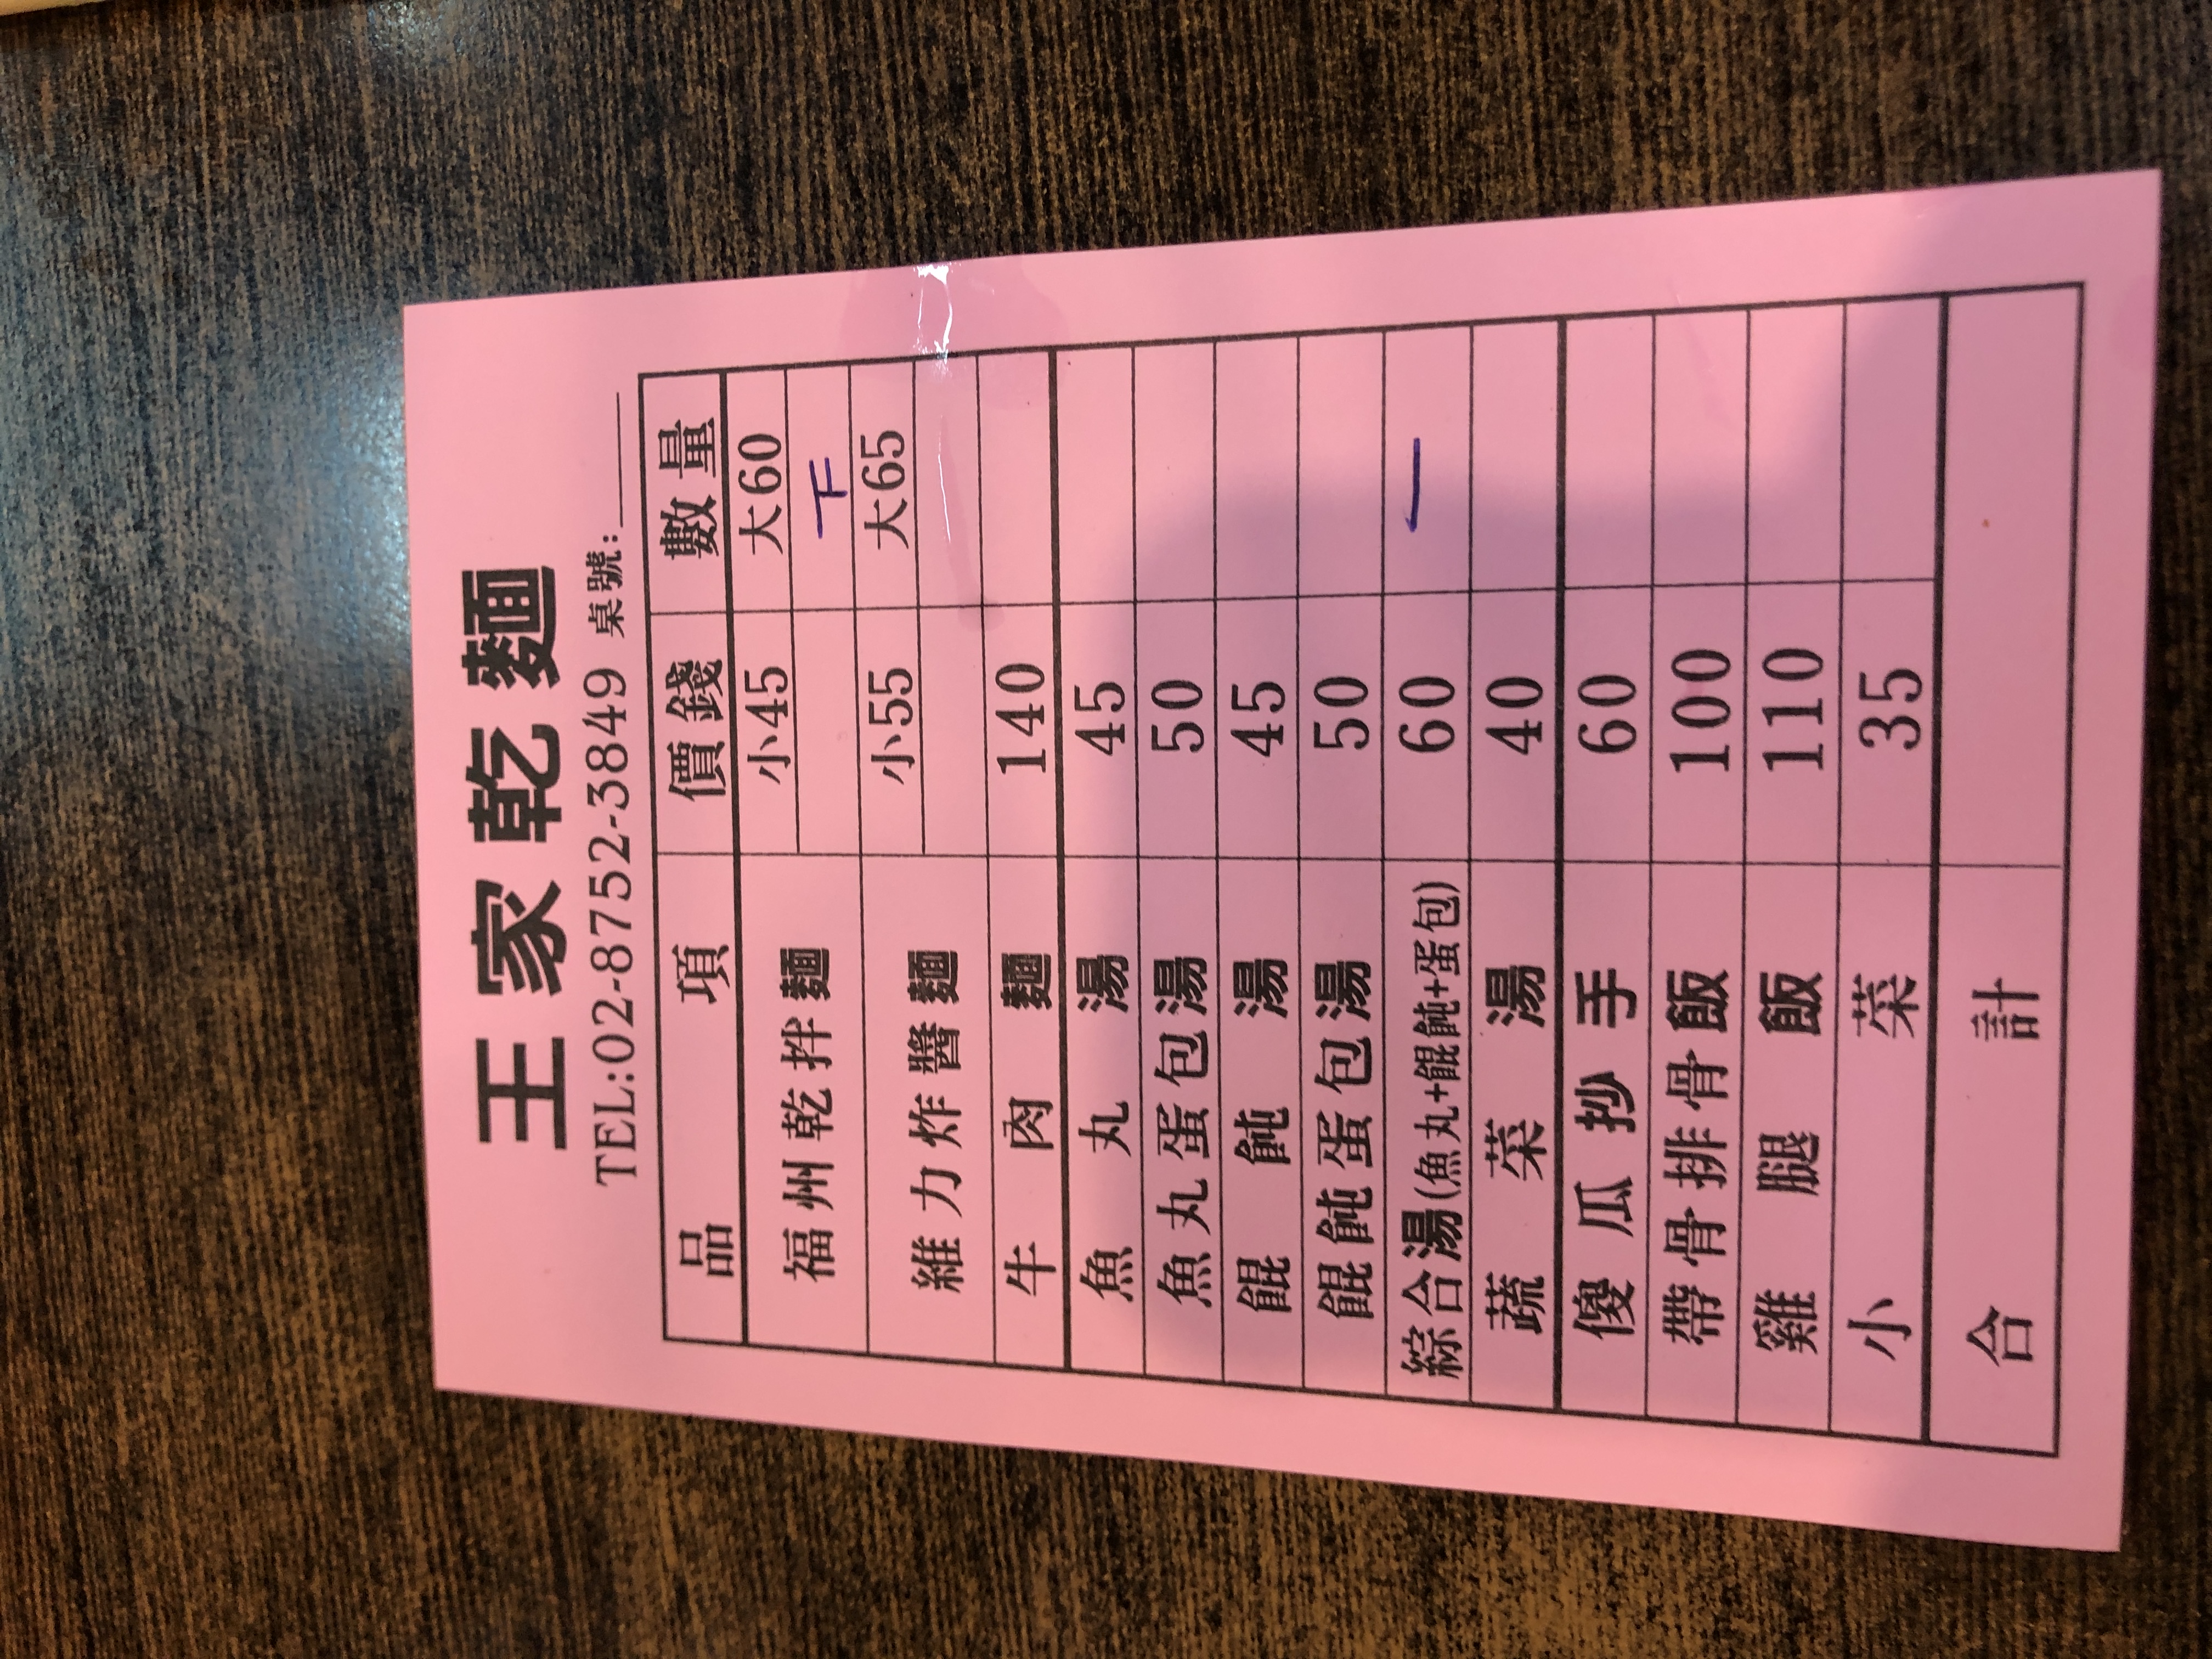
餐廳：王家乾麵
電話：02-8752-3849
菜單：
name: 福州乾拌麵小
price: 45
name: 福州乾拌麵大
price: 60
name: 維力炸醬麵小
price: 55
name: 維力炸醬麵大
price: 65
name: 牛肉麵
price: 140
name: 魚丸湯
price: 45
name: 魚丸蛋包湯
price: 50
name: 餛飩湯
price: 45
name: 餛飩蛋包湯
price: 50
name: 綜合湯(魚丸+餛飩+蛋包)
price: 60
name: 蔬菜湯
price: 40
name: 傻瓜抄手
price: 60
name: 帶骨排骨飯
price: 100
name: 雞腿飯
price: 110
name: 小菜
price: 35